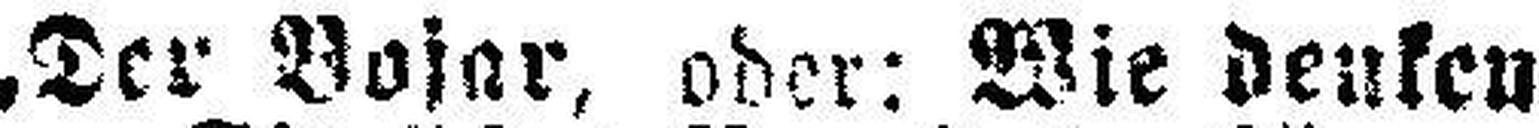
„Der Bojar, oder: Wie denken